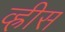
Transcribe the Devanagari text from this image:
व्ह्रीस